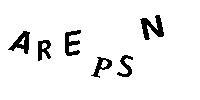
AREPSN